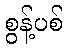
စွန့်ပစ်